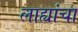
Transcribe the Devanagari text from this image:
लाह्यांचा